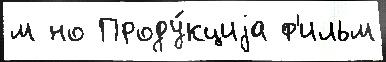
м но Проду́кциjа ф'ильм